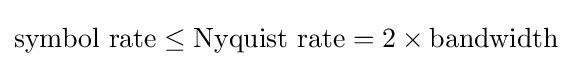
{\text{symbol rate}}\leq {\text{Nyquist rate}}=2\times {\text{bandwidth}}